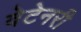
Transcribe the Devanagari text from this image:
वेटेनरी